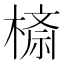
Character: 𣙮